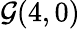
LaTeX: {\mathcal{G}}(4,0)